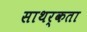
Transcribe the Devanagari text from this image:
साथर्कता